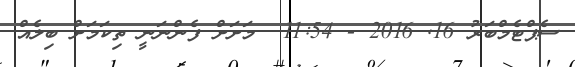
ސެޕްޓެމްބަރު 16